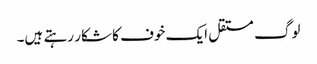
لوگ مستقل ایک خوف کا شکار رہتے ہیں۔